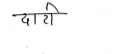
मजकूर: दाटी